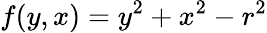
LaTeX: f(y,x)=y^{2}+x^{2}-r^{2}